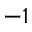
^ { - 1 }